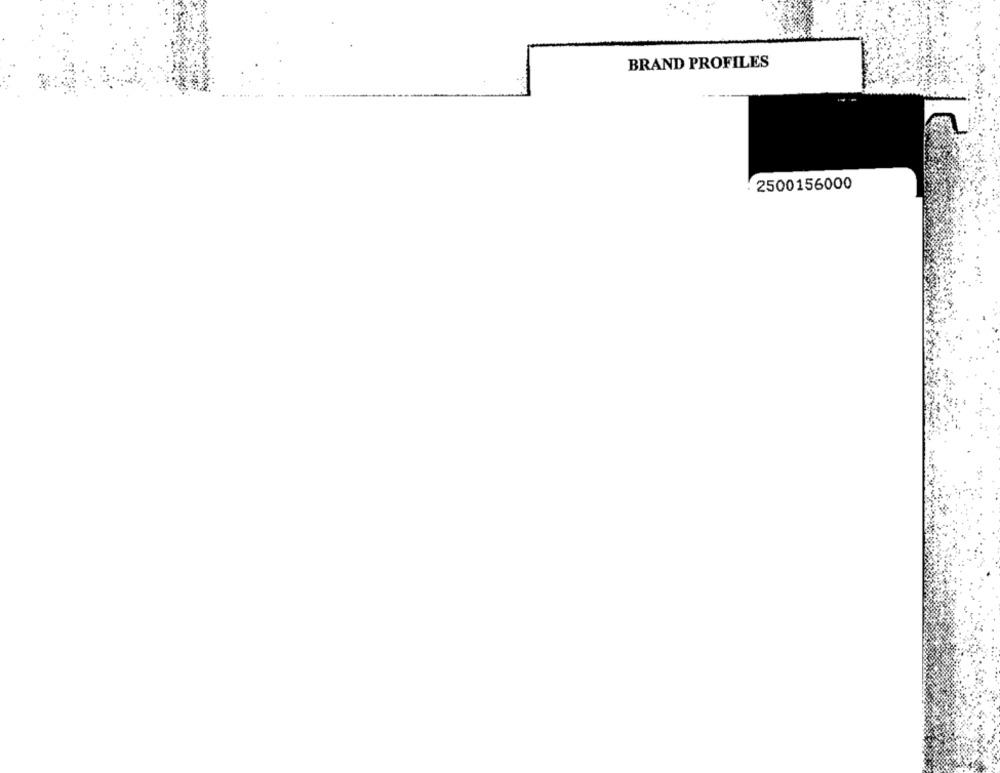
BRAND PROFILES
2500156000